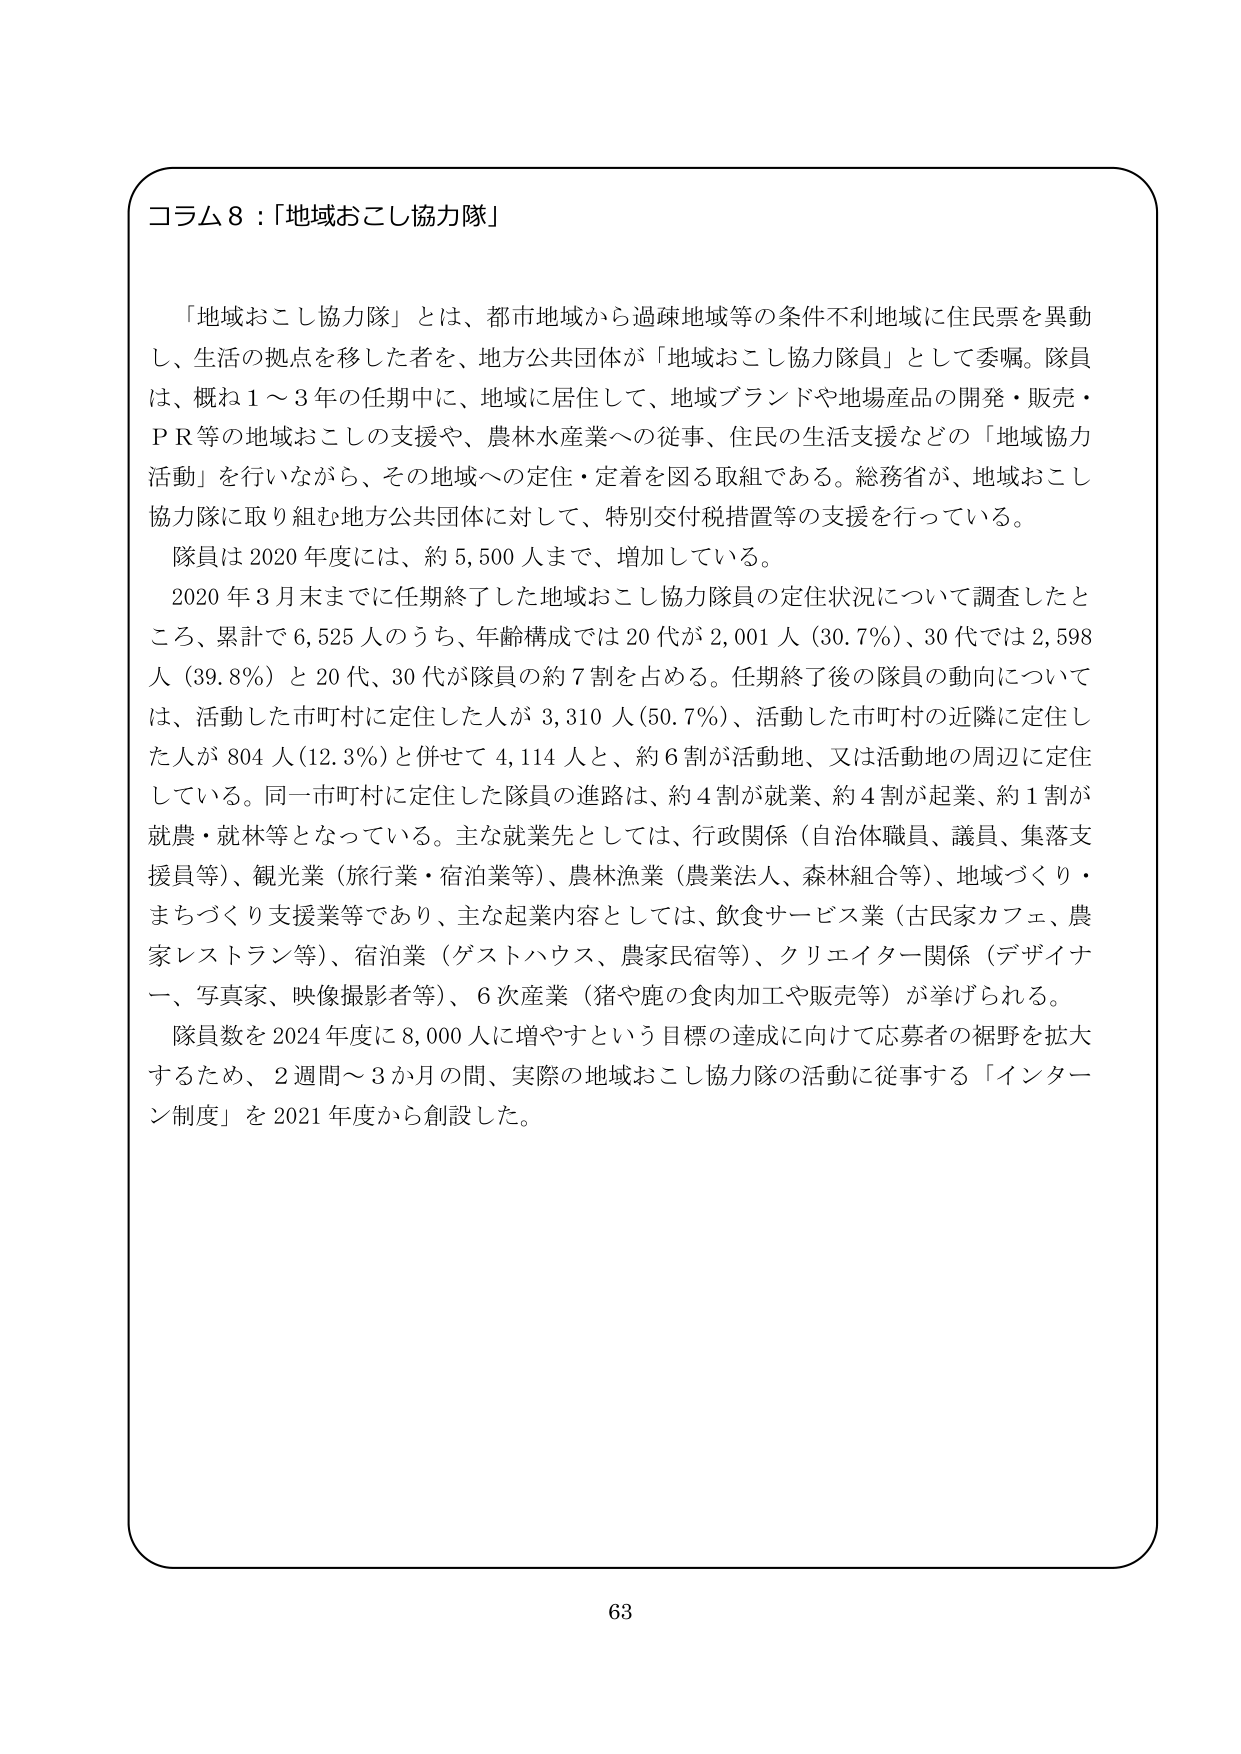
コラム８：「地域おこし協力隊」

「地域おこし協力隊」とは、都市地域から過疎地域等の条件不利地域に住民票を異動し、生活の拠点を移した者を、地方公共団体が「地域おこし協力隊員」として委嘱。隊員は、概ね１～３年の任期中に、地域に居住して、地域ブランドや地場産品の開発・販売・ＰＲ等の地域おこしの支援や、農林水産業への従事、住民の生活支援などの「地域協力活動」を行いながら、その地域への定住・定着を図る取組である。総務省が、地域おこし協力隊に取り組む地方公共団体に対して、特別交付税措置等の支援を行っている。

隊員は2020年度には、約5,500人まで、増加している。

2020年3月末までに任期終了した地域おこし協力隊員の定住状況について調査したところ、累計で6,525人のうち、年齢構成では20代が2,001人（30.7％）、30代では2,598人（39.8％）と20代、30代が隊員の約7割を占める。任期終了後の隊員の動向については、活動した市町村に定住した人が3,310人（50.7％）、活動した市町村の近隣に定住した人が804人（12.3％）と併せて4,114人と、約6割が活動地、又は活動地の周辺に定住している。同一市町村に定住した隊員の進路は、約4割が就業、約4割が起業、約1割が就農・就林等となっている。主な就業先としては、行政関係（自治体職員、議員、集落支援員等）、観光業（旅行業・宿泊業等）、農林漁業（農業法人、森林組合等）、地域づくり・まちづくり支援業等であり、主な起業内容としては、飲食サービス業（古民家カフェ、農家レストラン等）、宿泊業（ゲストハウス、農家民宿等）、クリエイター関係（デザイナー、写真家、映像撮影者等）、6次産業（猪や鹿の食肉加工や販売等）が挙げられる。

隊員数を2024年度に8,000人に増やすという目標の達成に向けて応募者の裾野を拡大するため、2週間～3か月の間、実際の地域おこし協力隊の活動に従事する「インターン制度」を2021年度から創設した。

63